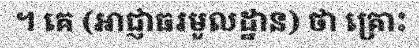
។ គេ (អាជ្ញាធរមូលដ្ឋាន) ថា គ្រោះ